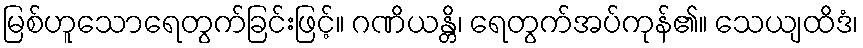
မြစ်ဟူသောရေတွက်ခြင်းဖြင့်။ ဂဏိယန္တိ၊ ရေတွက်အပ်ကုန်၏။ သေယျထိဒံ၊